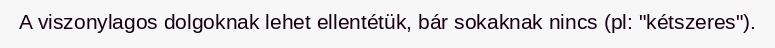
A viszonylagos dolgoknak lehet ellentétük, bár sokaknak nincs (pl: "kétszeres").